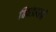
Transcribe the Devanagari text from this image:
बिघडल्याने